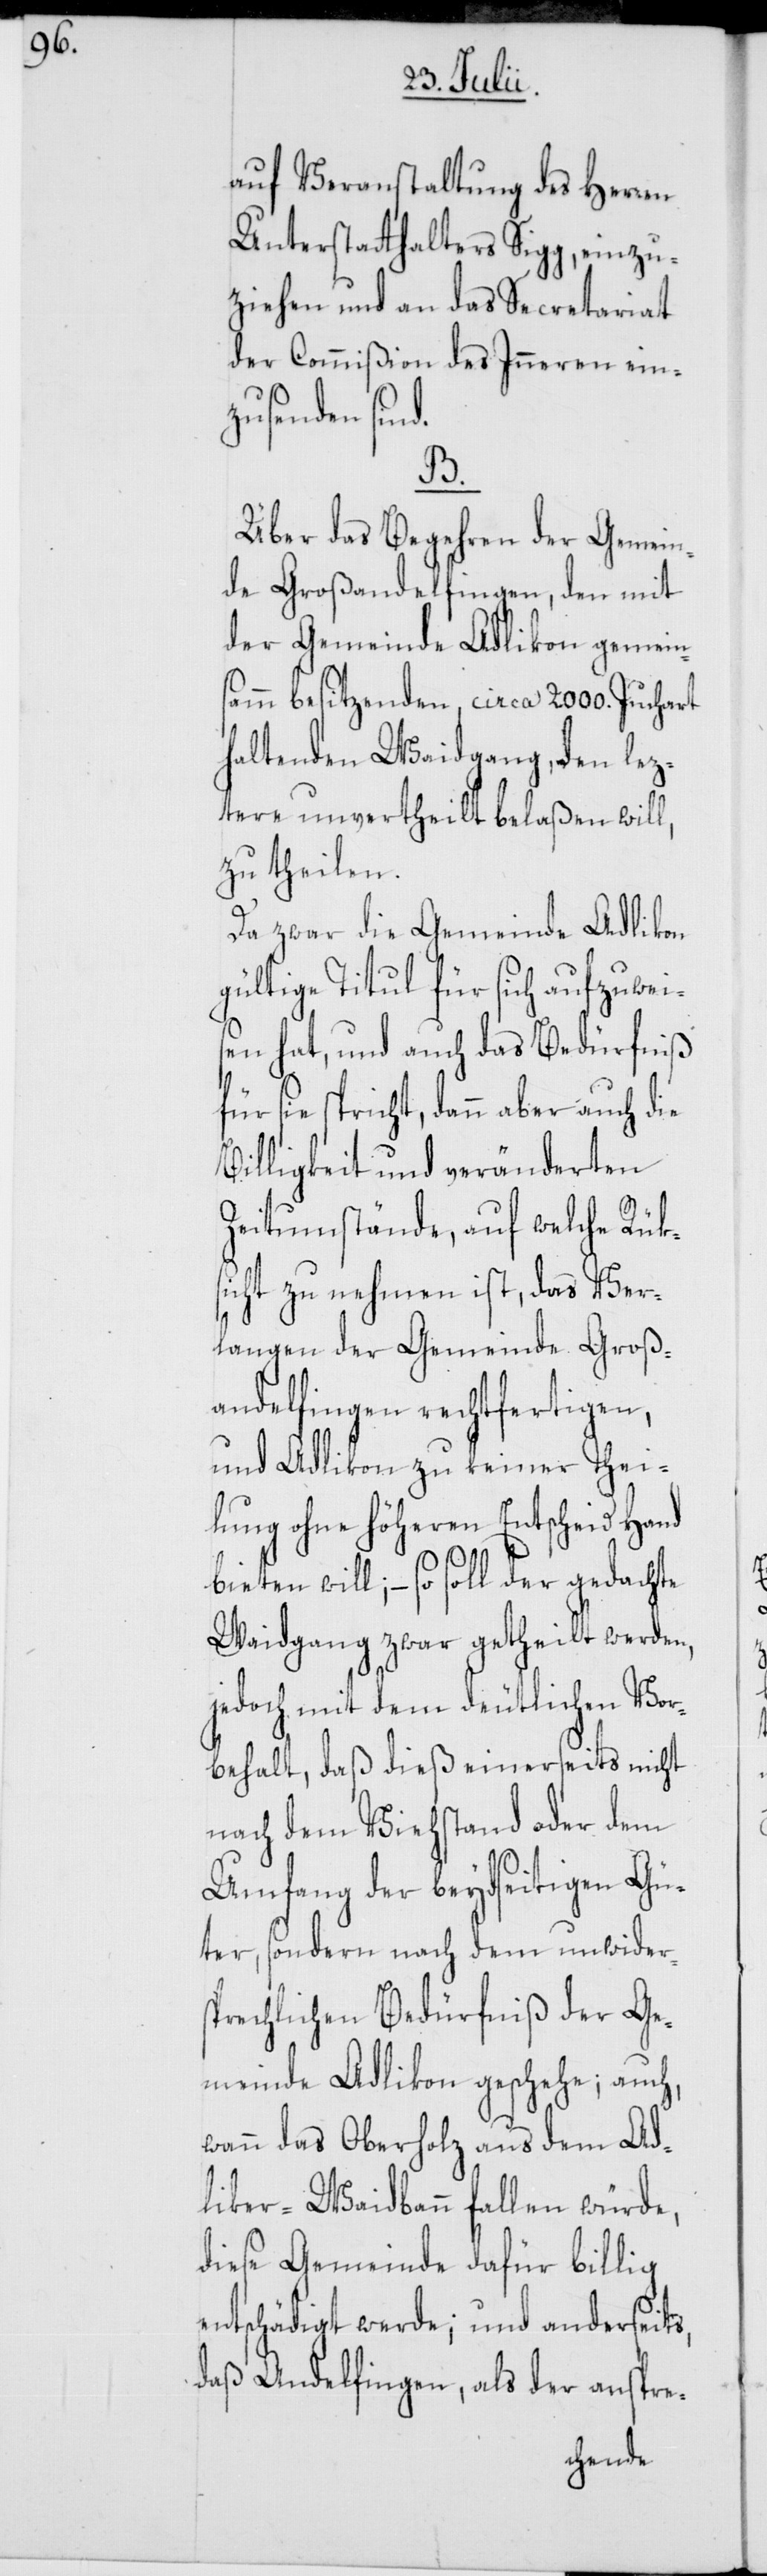
auf Veranstaltung des Herren
Unterstatthalters Sigg, einzu¬
ziehen und an das Secratariat
der Commißion des Inneren ein¬
zusenden sind.
B.
Über das Begehren der Gemein¬
de Großandelfingen, den mit
der Gemeinde Adlikon gemein¬
samm besitzenden, circa 2000. Juchart
haltenden Waidgang, den lez¬
tere unvertheilt belaßen will,
zu theilen.
Da zwar die Gemeinde Adlikon
gültige Titul für sich aufzuwei¬
sen hat, und auch das Bedürfniß
für sie spricht, dann aber auch die
Billigkeit und veränderten
Zeitumstände, auf welche Rüks¬
icht zu nehmen ist, das Ver¬
langen der Gemeinde Groß¬
andelfingen rechtfertigen,
und Adlikon zu keiner Thei¬
lung ohne höheren Entscheid Hand
bieten will, – so soll der gedachte
Waidgang zwar getheilt werden,
jedoch mit dem deutlichen Vor¬
behalt, daß dieß einerseits nicht
nach dem Viehstand oder dem
Umfang der beydseitigen Gü¬
ter, sondern nach dem unwiders¬
prechlichen Bedürfniß der Ge¬
meinde Adlikon geschehe; auch,
wann das Oberholz aus dem Ad¬
liker-Waidbann fallen würde,
diese Gemeinde dafür billig
entschädigt werde; und anderseits,
daß Andelfingen, als der anspre-